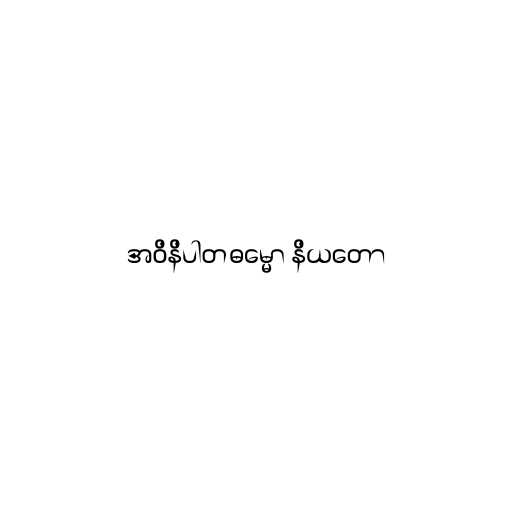
အဝိနိပါတဓမ္မော နိယတော